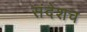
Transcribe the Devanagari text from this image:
संदेशच